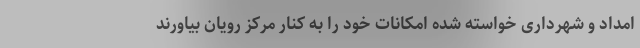
امداد و شهرداری خواسته شده امکانات خود را به کنار مرکز رویان بیاورند